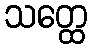
သတ္ထေ